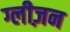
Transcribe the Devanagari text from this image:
ग्लीज़न